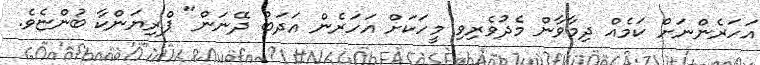
އަހަރެންނަށް ކަމެއް ދިމާވާން މެދުވެރިވި މީހަކަށް އަހަރެން އަދަބު ދޭނަން" ޕްރިޔަންކާ ބުންޏެވެ.